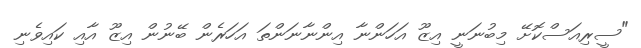
"ސީރިއަސްކޮށޭ މިބުނަނީ އިޒޫ އަހަންނާ އިންނާނަންތަ އަހަރެން ބޭނުން އިޒޫ އާއި ކައިވެނި